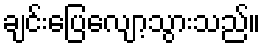
ချင်းပြေလျော့သွားသည်။